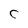
Character: C